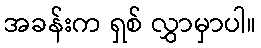
အခန်းက ရှစ် လွှာမှာပါ။